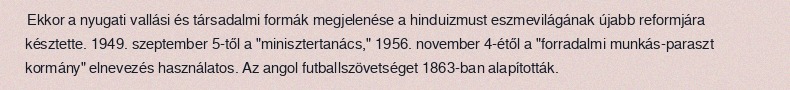
Ekkor a nyugati vallási és társadalmi formák megjelenése a hinduizmust eszmevilágának újabb reformjára késztette. 1949. szeptember 5-től a "minisztertanács," 1956. november 4-étől a "forradalmi munkás-paraszt kormány" elnevezés használatos. Az angol futballszövetséget 1863-ban alapították.